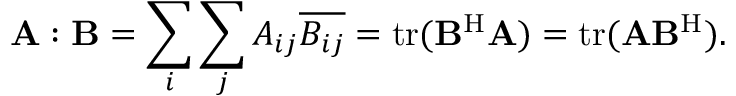
\mathbf { A } : \mathbf { B } = \sum _ { i } \sum _ { j } A _ { i j } { \overline { { B _ { i j } } } } = \mathrm { t r } ( \mathbf { B } ^ { \mathrm { H } } \mathbf { A } ) = \mathrm { t r } ( \mathbf { A } \mathbf { B } ^ { \mathrm { H } } ) .